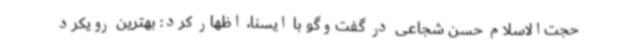
حجت‌الاسلام حسن شجاعی در گفت‌وگو با ایسنا، اظهار کرد: بهترین رویکرد